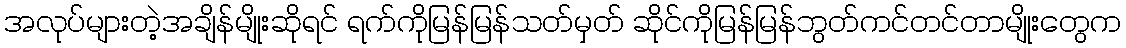
အလုပ်များတဲ့အချိန်မျိုးဆိုရင် ရက်ကိုမြန်မြန်သတ်မှတ် ဆိုင်ကိုမြန်မြန်ဘွတ်ကင်တင်တာမျိုးတွေက